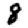
Digit: 8